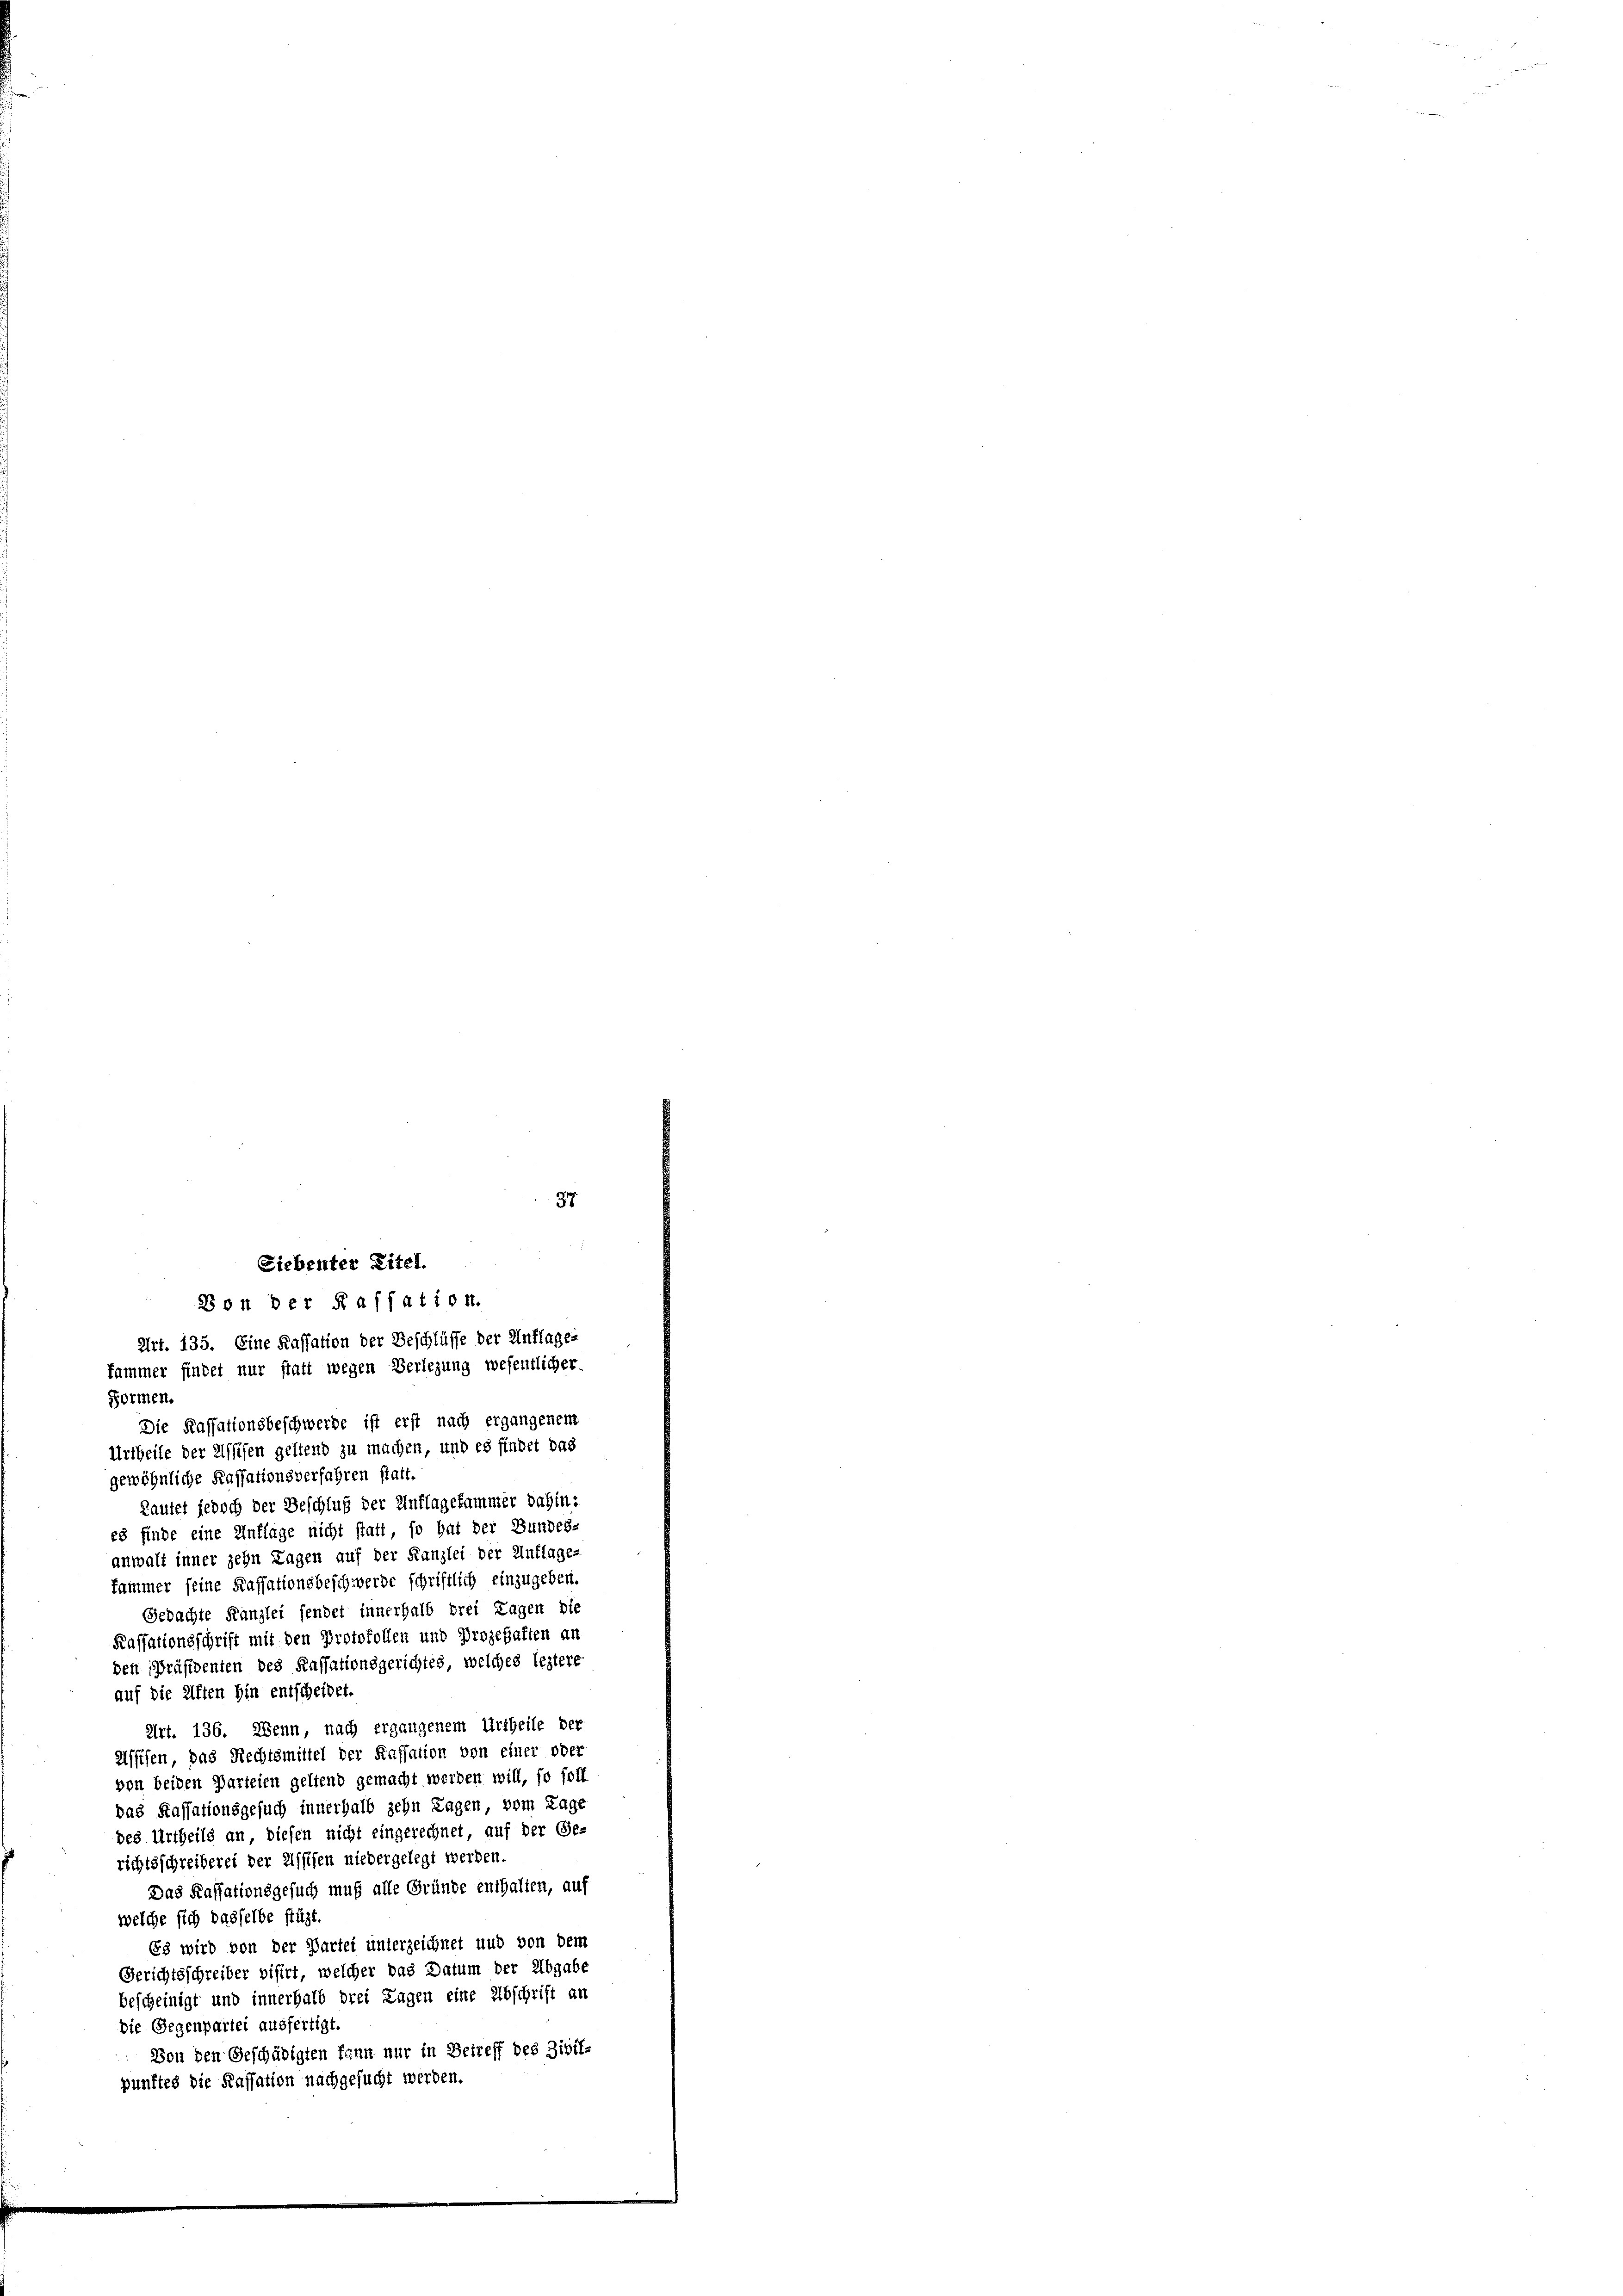
Art. 135. Eine Kassation der Beschlüsse der Unflages
fammer findet nur statt wegen Verlegung wesentlicher
Formen.
Urtheile der Elssesen geltend zu machen, und es findet das
gewöhnliche Kassationsverfahren statt.
Lautet jedoch der Beschluß der Unflagekammer dahin:
es finde eine Unflage nicht statt, so hat der Bundes-
anwalt inner zehn Tagen auf der Kanzlei der Unflage-
fammer seine Kassationsbeschwerde schriftlich einzugeben.
Gedachte Kanzlei sendet innerhalb drei Tagen die
Kassationsschrift mit den Protokollen und Prozehalten an
den Präsidenten des Kassationsgerichtes, welches leztere
auf die Affen hin entscheidet.
Art. 136. Wenn, nach ergangenem Urtheile der
Affifen, das Rechtsmittel der Kassation von einer oder
von beiden Parteien geltend gemacht werden will, so soll
das Kassationsgesuch innerhalb zehn Tagen, vom Tage
des Urtheils an diesen nicht eingerechnet, auf der Ge-
richtsschreiberei der Elsschen niedergelegt werden.
Das Kassationsgesuch muß alle Gründe enthalten, auf
welche sich dasselbe stüzt.
Es wird von der Partei unterzeichnet und von dem
Gerichtsschreiber bisirt, welcher das Datum der Abgabe
bescheinigt und innerhalb drei Tagen eine Abschrift an
Die Gegenpartei ausfertigt.
Von den Geschädigten kann nur in Betreff des Zivil-
punftes die Kassation nachgesucht werden.

37
Siebenter Eitel.
Von der Kassation.

Die Kassationsbeschwerde ist erst nach ergangenem